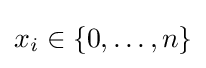
x_{i}\in \{0,\dots ,n\}